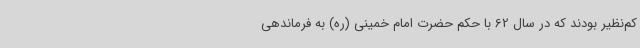
کم‌نظیر بودند که در سال 62 با حکم حضرت امام خمینی (ره) به فرماندهی